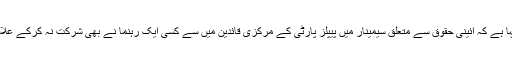
مجلس وحدت مسلمین گلگت بلتستان کے ترجمان محمد الیاس صدیقی نے کہا ہے کہ آئینی حقوق سے متعلق سیمینار میں پیپلز پارٹی کے مرکزی قائدین میں سے کسی ایک رہنما نے بھی شرکت نہ کرکے علاقے کے عوام اور ان کے بنیادی حقوق سے عدم دلچسپی کا اظہار کیا ہے ۔